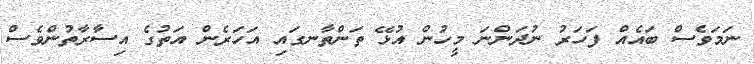
ނަމަވެސް ބައެއް ފަހަރު ނުދަންނަ މީހުން އުޅޭ ތަންތާނގައި އަހަރެން އަތުގެ އިސާރާތުންވެސް